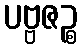
ပဗ္ဗဇဉ္စ